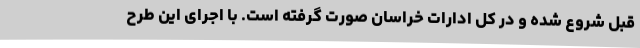
قبل شروع شده و در کل ادارات خراسان صورت گرفته است. با اجرای این طرح